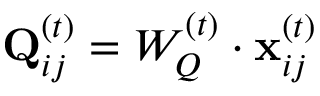
\mathbf { Q } _ { i j } ^ { ( t ) } = W _ { Q } ^ { ( t ) } \cdot \mathbf { x } _ { i j } ^ { ( t ) }